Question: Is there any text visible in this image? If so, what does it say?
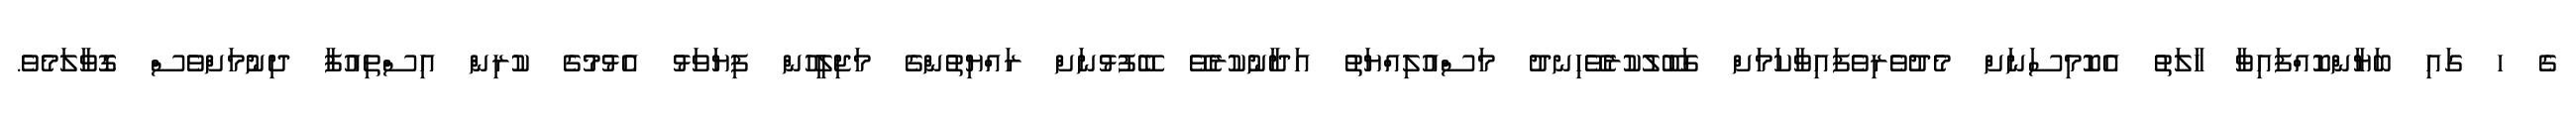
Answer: ގެ ހ ގައި ބަޔާންކޮއްފައިވާ ހާލަތު އެކޮމިސަނަށް މެދުވެރިވެފައިވާކަމަށް ގަބޫލުކުރެވޭހިނދު މަސްއުލިއްޔަތު އަދާނުކުރެވޭ ބޭފުޅުނަށް ރައްޔިތުންގެ މަޖިލީހުން ފިޔަވަޅު އެޅުމުގެ ކުރިން އިސްތިއުފާ ދިނުމަށްވެސް ގޮވާލަމެވެ.